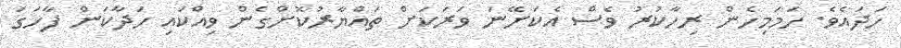
ހަދައެވެ. ހަމަމިހެން ރިހާކުރު ވެސް އެކަށޭނަ ވަރަކަށް ތައްޔާރުކޮށްގެން ވިއްކައި ހަދާކަން ފާހަގަ